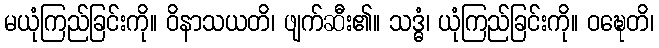
မယုံကြည်ခြင်းကို။ ဝိနာသယတိ၊ ဖျက်ဆီး၏။ သဒ္ဓံ၊ ယုံကြည်ခြင်းကို။ ဝဍ္ဎေတိ၊